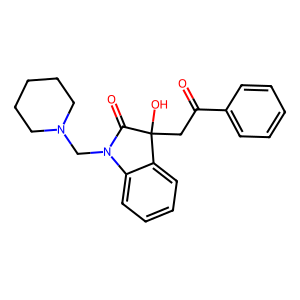
SMILES: O=C(CC1(O)C(=O)N(CN2CCCCC2)c2ccccc21)c1ccccc1
Inhibits HIV replication: No